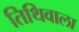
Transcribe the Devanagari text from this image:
तिथिवाला